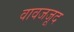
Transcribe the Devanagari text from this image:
वावजजूद